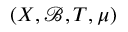
( X , { \mathcal { B } } , T , \mu )